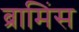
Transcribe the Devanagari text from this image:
ब्रामिंस